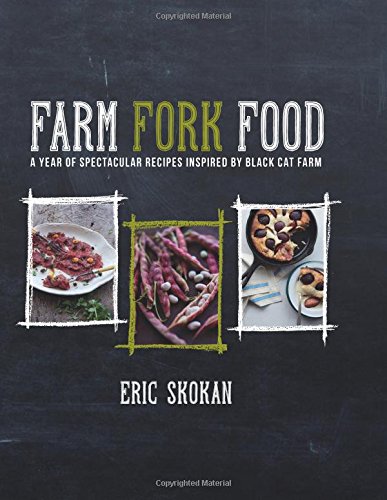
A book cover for Farm, Fork, Food: A Year of Spectacular Recipes Inspired by Black Cat Farm; Eric Skokan; Cookbooks, Food & Wine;